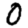
Digit: 0